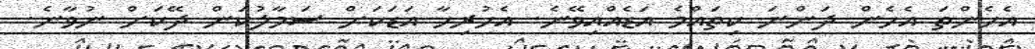
އެހެންތަ އެހެން ދަންނަ ކިތައްމެ އަޑެއްއިވޭނެ. އެހުރިހާ އަޑަކަށް ސަމާލުކަން ދޭކަށް ނުވާނެ.